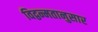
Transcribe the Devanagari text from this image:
विद्वन्मतानुसार